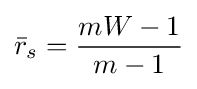
{\bar {r}}_{s}={\frac {mW-1}{m-1}}